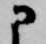
に